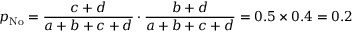
p _ { \mathrm { N o } } = { \frac { c + d } { a + b + c + d } } \cdot { \frac { b + d } { a + b + c + d } } = 0 . 5 \times 0 . 4 = 0 . 2